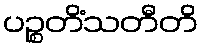
ပဉ္စတိံသတီတိ